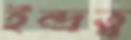
ইন্দ্রত্ব